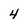
Character: 4